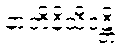
နာဘိနိသီဒန္တိ